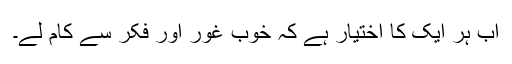
اب ہر ایک کا اختیار ہے کہ خوب غور اور فکر سے کام لے۔